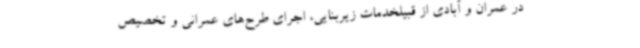
در عمران و آبادی از قبیلخدمات زیربنایی، اجرای طرح‌های عمرانی و تخصیص